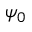
\psi _ { 0 }